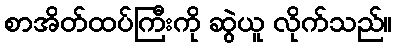
စာအိတ်ထပ်ကြီးကို ဆွဲယူ လိုက်သည်။